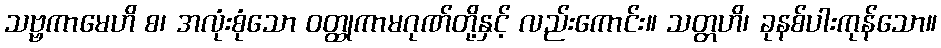
သဗ္ဗကာမေဟိ စ၊ အလုံးစုံသော ဝတ္ထုကာမဂုဏ်တို့နှင့် လည်းကောင်း။ သတ္တဟိ၊ ခုနစ်ပါးကုန်သော။